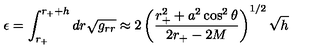
\epsilon = \int _ { r _ { + } } ^ { r _ { + } + h } d r \sqrt { g _ { r r } } \approx 2 \left( \frac { r _ { + } ^ { 2 } + a ^ { 2 } \cos ^ { 2 } \theta } { 2 r _ { + } - 2 M } \right) ^ { 1 / 2 } \sqrt { h }